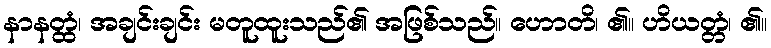
နာနတ္ထံ၊ အချင်းချင်း မတူထူးသည်၏ အဖြစ်သည်။ ဟောတိ၊ ၏။ ဟိယတ္တံ၊ ၏။